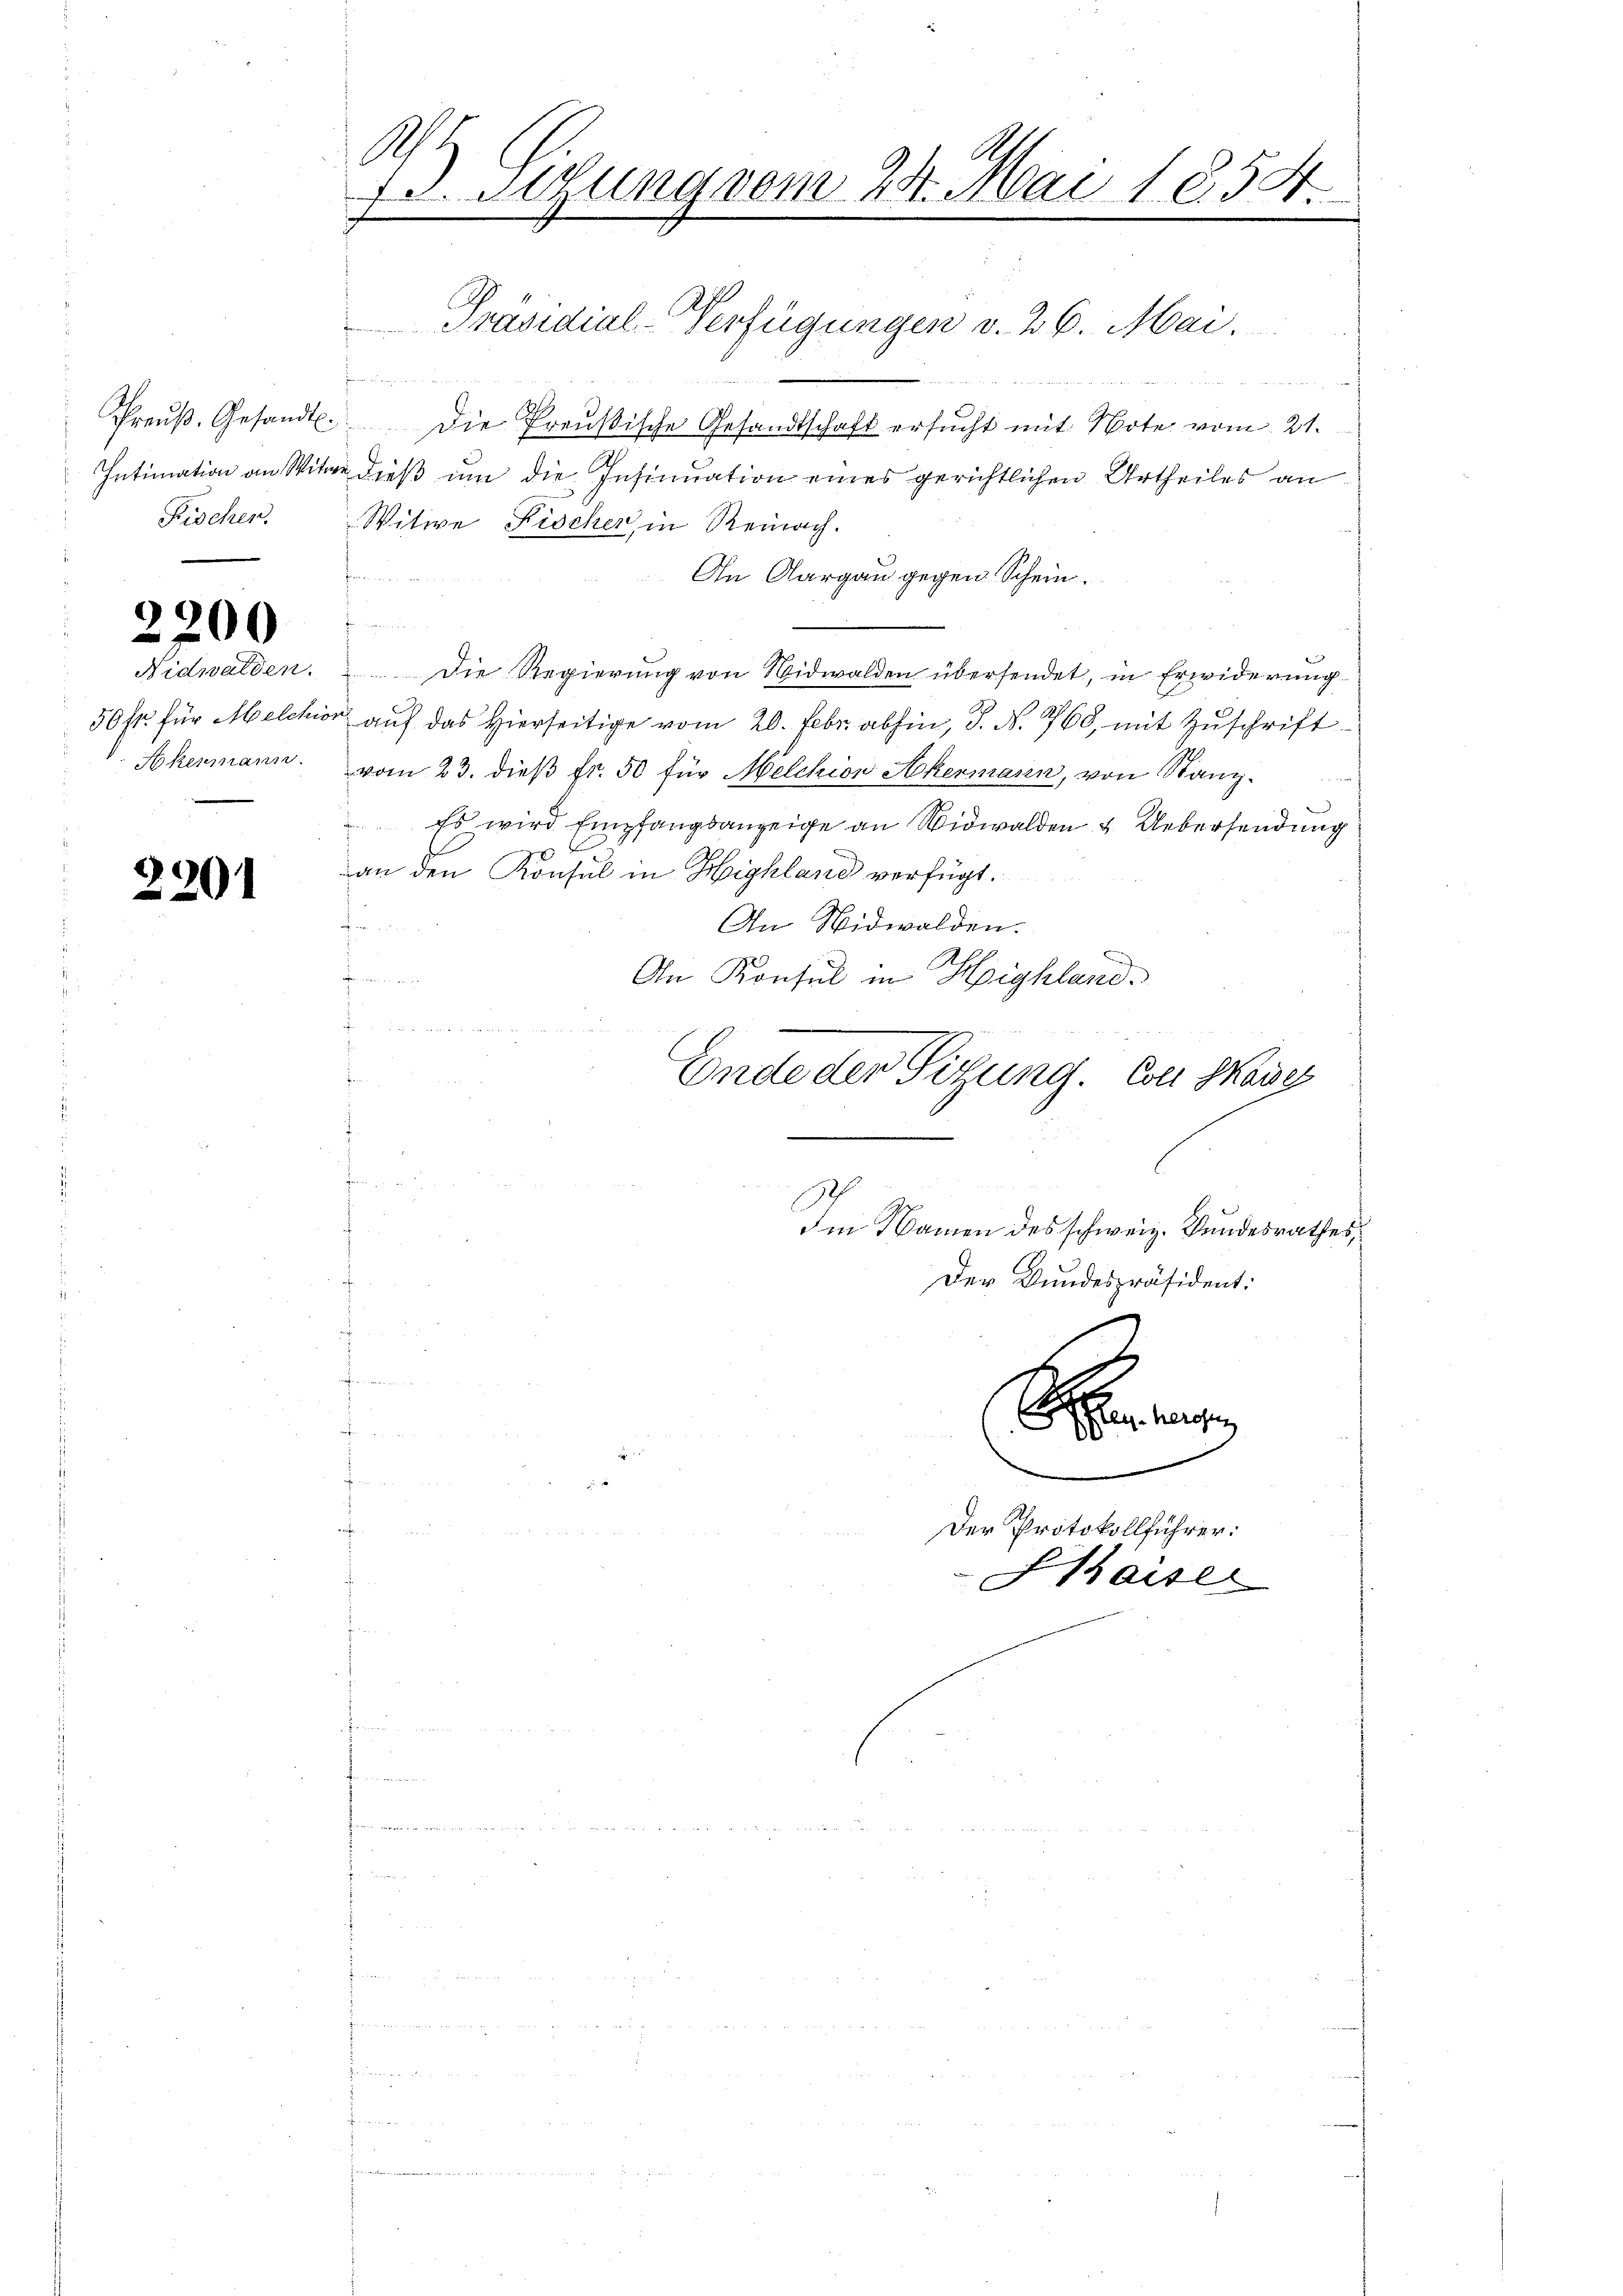
Kischen.

2

.
201

200

Akenmann.

Ah
13. Juna vom 24. Mai 1854
f

e
amer aus
d
und
Preŭβ. Gesandt. Die Preußische Gesandtschaft ersŭcht mit Note vom 21.
Intimation an Witwe dieß um die Insinuation eines gerichtlichen Urtheiles an
Witwe Fischer, in Reinach.
Pron
An Aargau gegen Schein.

Nidwalden. Die Regierŭng von Nidwalden übersendet, in Erwiderŭng
50 kr. für Melchior auf das Hierseitige vom 20. Febr. abhin, S. N. 768, mit Zuschrift
vom 23. dieß fr. 50 für Melchion Akermann, von Stanz¬
Es wird Empfangsanzeige an Nidwalden & Uebersendung
E
2
an den Konsul in Highland verfügt.
An Nidwalden.
An Konsul in Highland.
fi
e
Ende der Sitzung. Von Mass
¬
Im Namen des schweiz. Bundesrathes,
Der Bundespräsident:

Präsidial-Verfügungen v. 26. Mai.

e
Der Protokollführer:
Shaiser

1